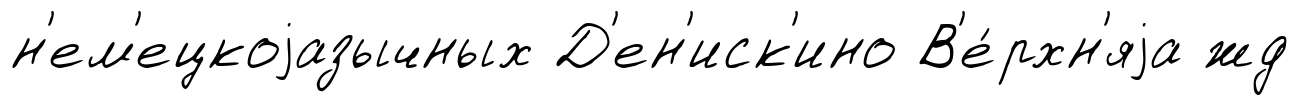
н'ем'ецкоjазычных Д'ен'иск'ино В'е́рхн'яjа жд